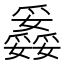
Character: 𤕇